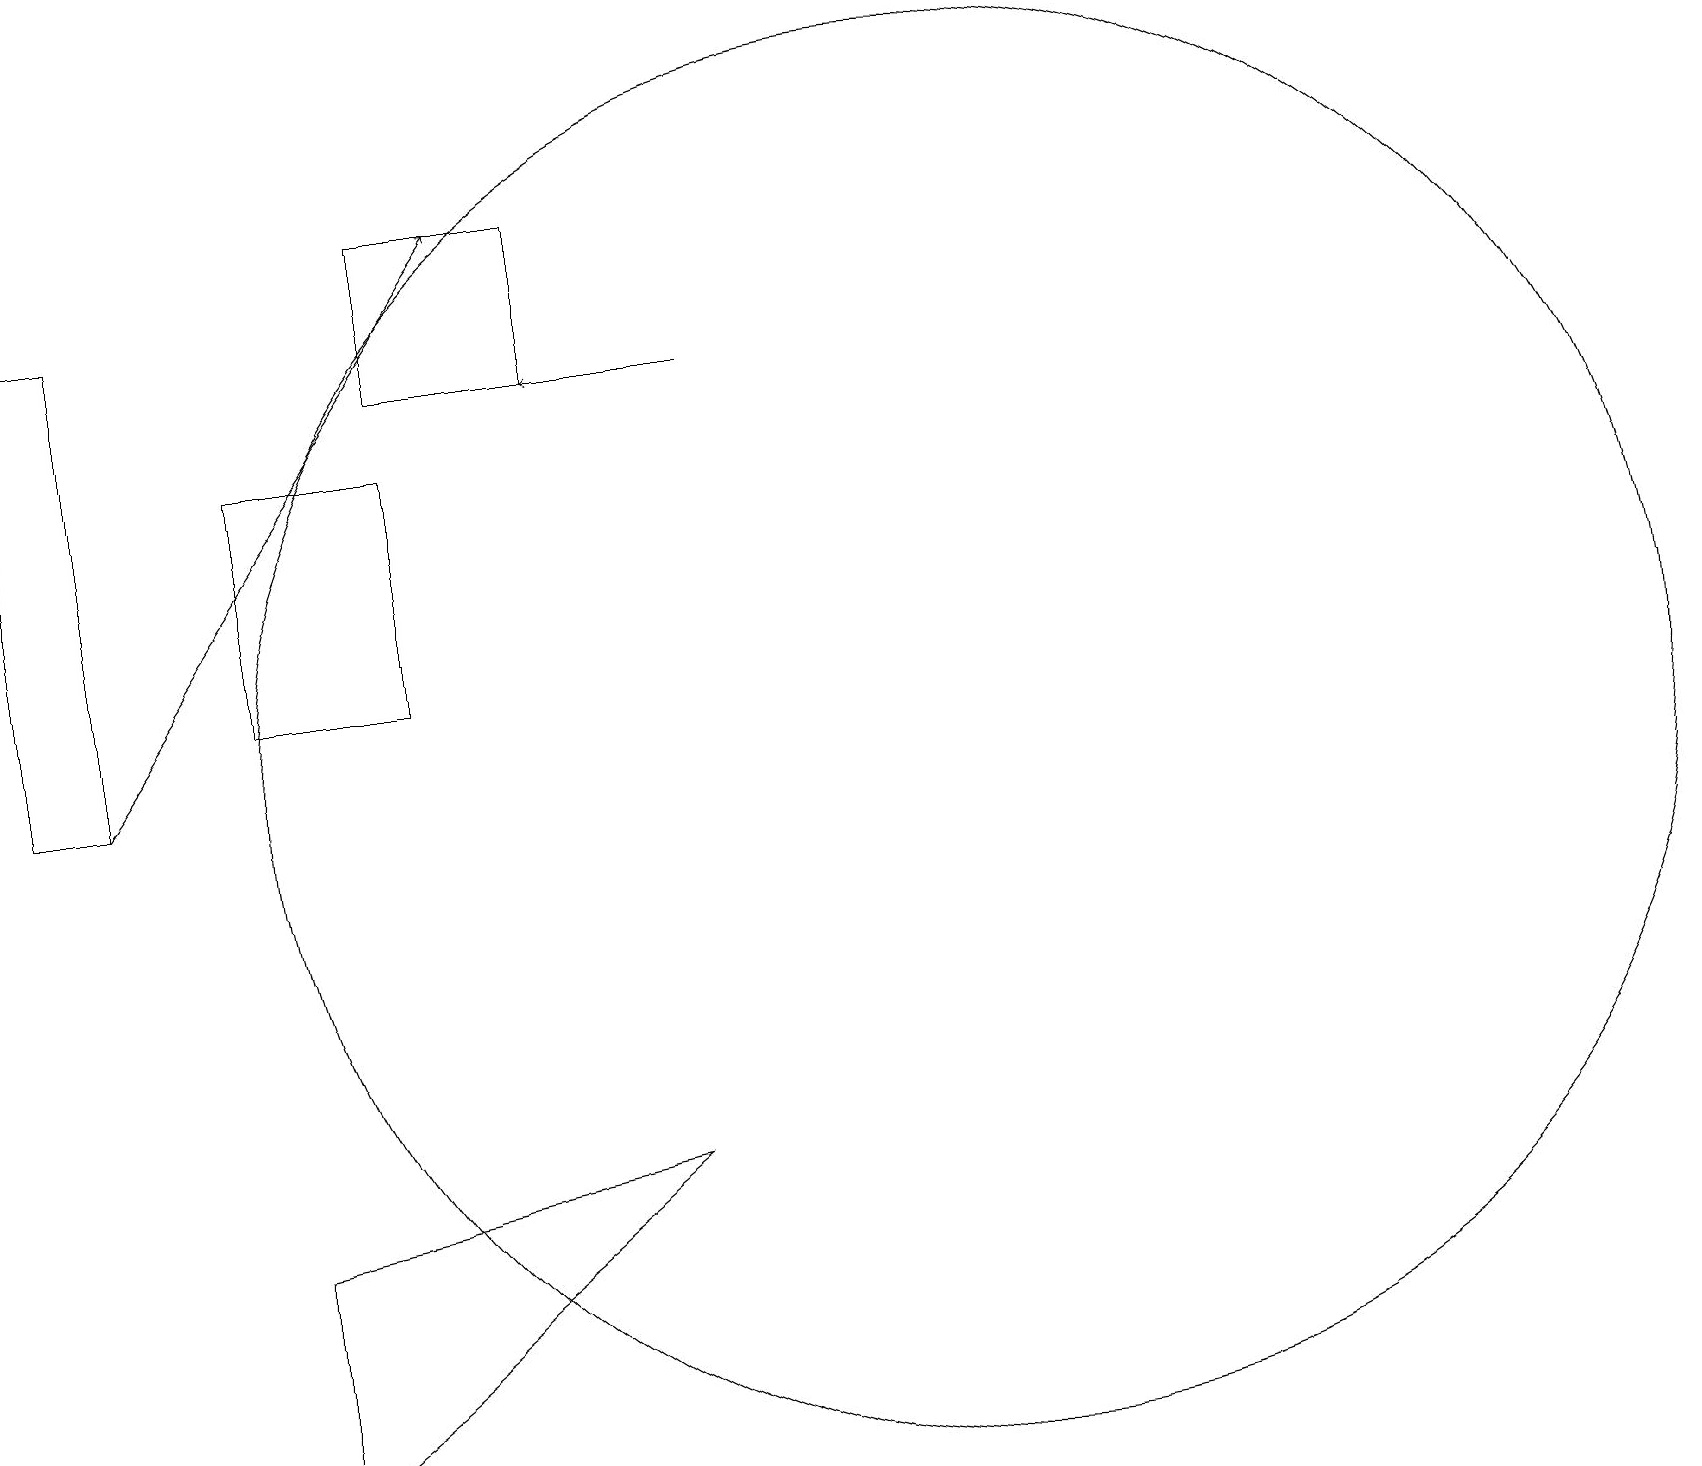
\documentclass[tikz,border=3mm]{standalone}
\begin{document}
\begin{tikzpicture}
\draw[->] (9,15) -- (7,15);
\draw (5,14) rectangle (3,11);
\draw (5,15) rectangle (7,17);
\draw (1,13) rectangle (1,10);
\draw (12,10) circle (9);
\draw[->] (1,10) -- (6,17);
\draw (0,10) rectangle (1,16);
\draw (8,5) -- (3,4) -- (3,1) -- cycle;
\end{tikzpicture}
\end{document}